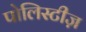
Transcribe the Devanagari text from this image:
पोलिस्टीज़